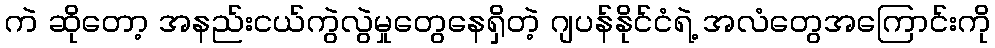
ကဲ ဆိုတော့ အနည်းငယ်ကွဲလွဲမှုတွေနေရှိတဲ့ ဂျပန်နိုင်ငံရဲ့ အလံတွေအကြောင်းကို